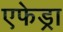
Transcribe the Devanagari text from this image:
एफेड्रा